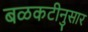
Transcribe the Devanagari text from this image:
बळकटीनुसार